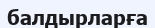
балдырларға